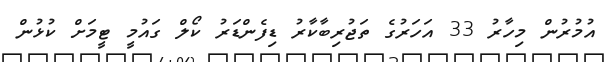
އުމުރުން މިހާރު 33 އަހަރުގެ ތަޖުރިބާކާރު ޑިފެންޑަރު ކޯލް ގައުމީ ޓީމަށް ކުޅުން